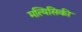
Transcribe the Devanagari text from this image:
मत्यिसिकी